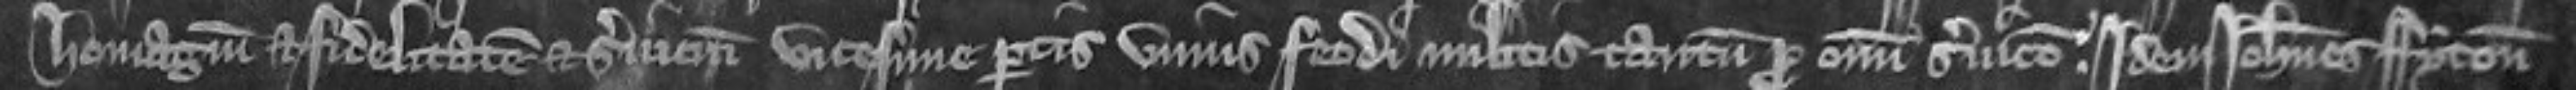
homagium et fidelitatem et servicium vicesime partis unius feodi militis tantum pro omni servicio: idem Johannes Fyton